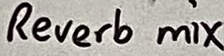
Text: Reverb mix